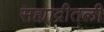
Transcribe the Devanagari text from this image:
सह्याद्रीतली